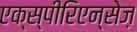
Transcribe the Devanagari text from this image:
एक्स्पीरिएन्सेज़